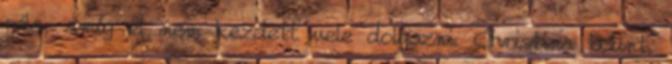
róla, amíg el nem kezdett vele dolgozni. Christina bólint,